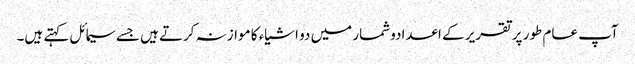
آپ عام طور پر تقریر کے اعدادوشمار میں دو اشیاء کا موازنہ کرتے ہیں جسے سیمائل کہتے ہیں۔